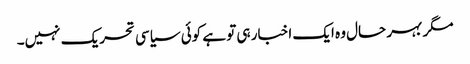
مگر بہر حال وہ ایک اخبار ہی تو ہے کوئی سیاسی تحریک نہیں۔